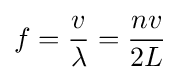
f={\frac {v}{\lambda }}={\frac {nv}{2L}}